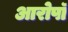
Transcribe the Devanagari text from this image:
आरोपॉ